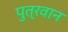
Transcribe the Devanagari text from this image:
पुत्रवान